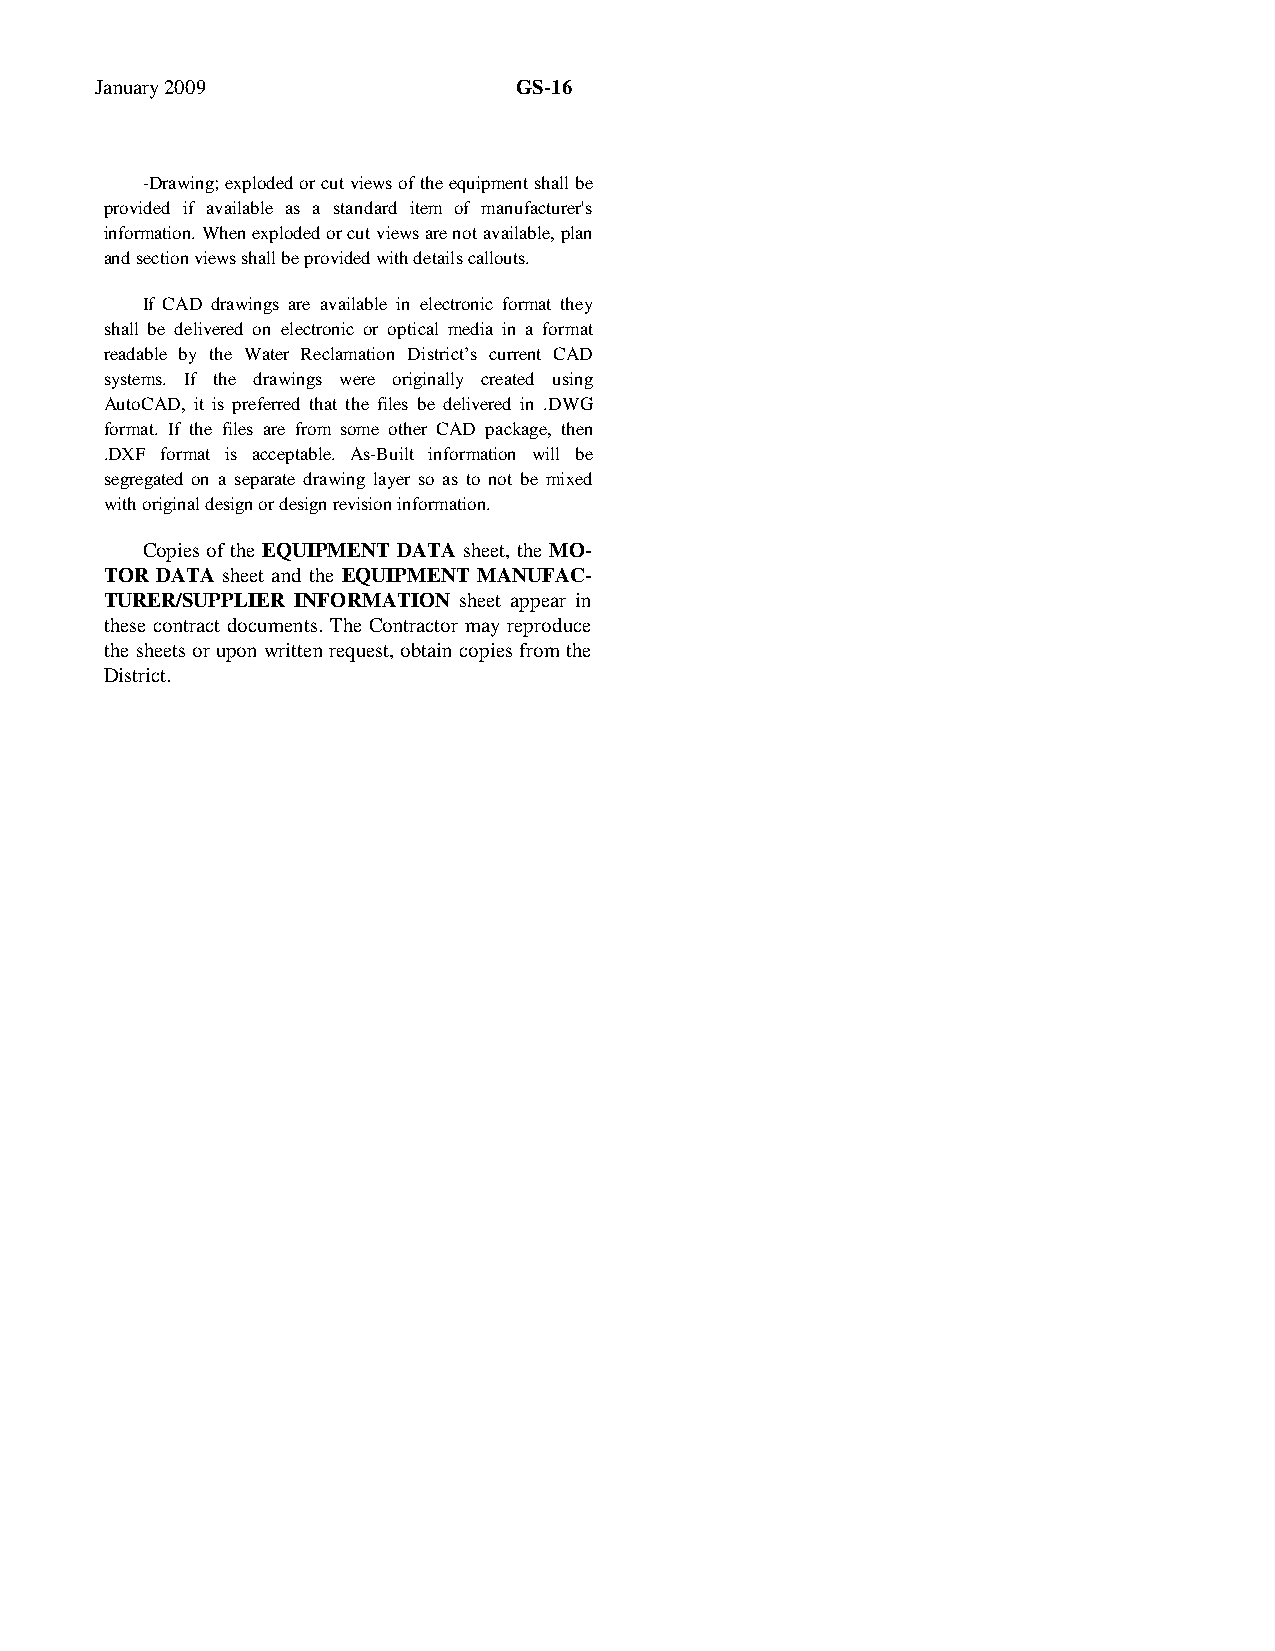
January 2009                GS-16
 -Drawing; exploded or cut views of the equipment shall be
 provided if available as a standard item of manufacturer's
 information. When exploded or cut views are not available, plan
 and section views shall be provided with details callouts.
 If CAD drawings are available in electronic format they
 shall be delivered on electronic or optical media in a format
 readable by the Water Reclamation District’s current CAD
 systems. If the drawings were originally created using
 AutoCAD, it is preferred that the files be delivered in .DWG
 format. If the files are from some other CAD package, then
 .DXF format is acceptable. As-Built information will be
 segregated on a separate drawing layer so as to not be mixed
 with original design or design revision information.
 Copies of the EQUIPMENT DATA sheet, the MO-
 TOR DATA sheet and the EQUIPMENT MANUFAC-
 TURER/SUPPLIER INFORMATION sheet appear in
 these contract documents. The Contractor may reproduce
 the sheets or upon written request, obtain copies from the
 District.